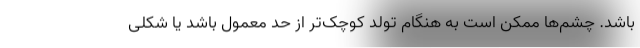
باشد. چشم‌ها ممکن است به هنگام تولد کوچک‌تر از حد معمول باشد یا شکلی